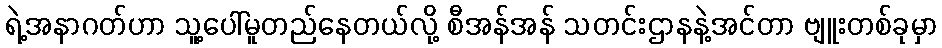
ရဲ့အနာဂတ်ဟာ သူ့ပေါ်မူတည်နေတယ်လို့ စီအန်အန် သတင်းဌာနနဲ့အင်တာ ဗျူးတစ်ခုမှာ